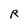
Character: R